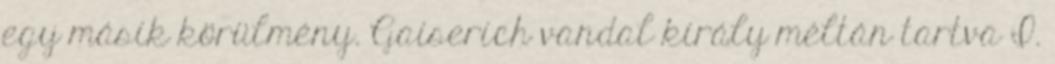
egy másik körülmény. Gaiserich vandal király méltán tartva I.